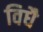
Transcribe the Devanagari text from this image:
विधै